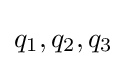
q_{1},q_{2},q_{3}\,\!